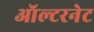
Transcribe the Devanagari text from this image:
ऑल्टरनेट